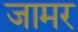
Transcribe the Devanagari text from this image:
जामर